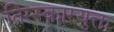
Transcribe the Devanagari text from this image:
तिरस्कारयुक्त